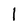
Character: l